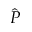
\hat { P }